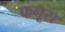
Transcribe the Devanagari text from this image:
फनूस